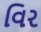
વિર